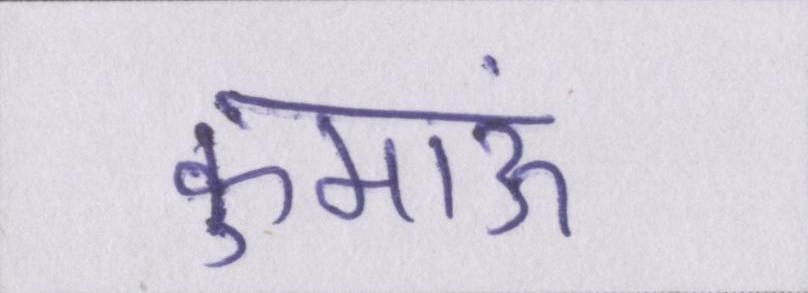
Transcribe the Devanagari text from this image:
कुमाऊं